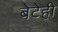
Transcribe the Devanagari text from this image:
बेटेही